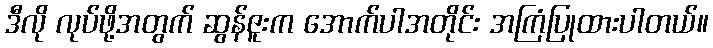
ဒီလို လုပ်ဖို့အတွက် ဆွန်ဇူးက အောက်ပါအတိုင်း အကြံပြုထားပါတယ်။